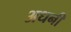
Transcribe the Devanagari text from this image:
अधनी